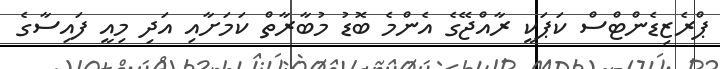
ޕްރެޒިޑެންޓްސް ކަޕަކީ ރާއްޖޭގެ އެންމެ ބޮޑު މުބާރާތް ކަމަށާއި އަދި މިއީ ފައިސާގެ